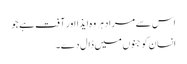
اس سے مراد ہر وہ ایذا اور آفت ہے جو
انسان کو جنوں میں ڈال دے۔